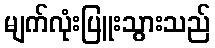
မျက်လုံးပြူးသွားသည်